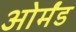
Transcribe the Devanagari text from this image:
ओर्मंड